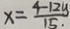
x = \frac { 4 - 1 2 y } { 1 5 }